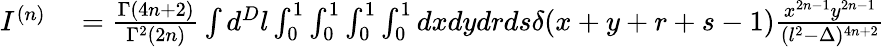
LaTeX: \begin{array}{rl}{I^{(n)}}&{{}=\frac{\Gamma(4n+2)}{\Gamma^{2}(2n)}\int d^{D}l\int_{0}^{1}\int_{0}^{1}\int_{0}^{1}\int_{0}^{1}dxdydrds\delta(x+y+r+s-1)\frac{x^{2n-1}y^{2n-1}}{(l^{2}-\Delta)^{4n+2}}}\end{array}